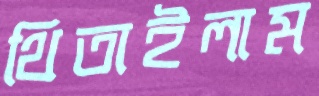
থিতাইলাম